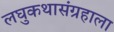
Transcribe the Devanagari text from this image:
लघुकथासंग्रहाला